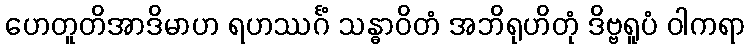
ဟေတူတိအာဒိမာဟ ရဟဿင်္ဂံ သန္ဓာဝိတံ အဘိရုဟိတုံ ဒိဗ္ဗရူပံ ဝါကရာ